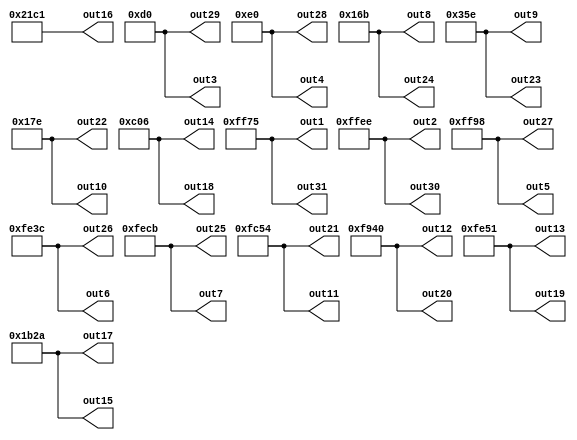
module impulse_response(out1, out2, out3, out4, out5, out6, out7, out8,
  out9, out10, out11, out12, out13, out14, out15, out16, out17, out18,
  out19, out20, out21, out22, out23, out24 ,out25, out26, out27, out28,
  out29, out30, out31);
  output [15:0] out1, out2, out3, out4, out5, out6, out7, out8,
  out9, out10, out11, out12, out13, out14, out15, out16, out17, out18,
  out19, out20, out21, out22, out23, out24 ,out25, out26, out27, out28,
  out29, out30, out31;

  //                                 sign integer decimal
  //fixed point 16-bit represetation 0____00______0000000000000
  assign out1 = 16'b1111111101110101; ////
  assign out2 = 16'b1111111111101110;
  assign out3 = 16'b0000000011010000;
  assign out4 = 16'b0000000011100000; ////
  assign out5 = 16'b1111111110011000;
  assign out6 = 16'b1111111000111100;
  assign out7 = 16'b1111111011001011; ////
  assign out8 = 16'b0000000101101011;
  assign out9 = 16'b0000001101011110;
  assign out10 = 16'b0000000101111110; ////
  assign out11 = 16'b1111110001010100;
  assign out12 = 16'b1111100101000000;
  assign out13 = 16'b1111111001010001; ////
  assign out14 = 16'b0000110000000110;
  assign out15 = 16'b0001101100101010;
  assign out16 = 16'b0010000111000001; ////////
  assign out17 = 16'b0001101100101010;
  assign out18 = 16'b0000110000000110;
  assign out19 = 16'b1111111001010001; ////
  assign out20 = 16'b1111100101000000;
  assign out21 = 16'b1111110001010100;
  assign out22 = 16'b0000000101111110;  ////
  assign out23 = 16'b0000001101011110;
  assign out24 = 16'b0000000101101011;
  assign out25 = 16'b1111111011001011; ////
  assign out26 = 16'b1111111000111100;
  assign out27 = 16'b1111111110011000;
  assign out28 = 16'b0000000011100000; ////
  assign out29 = 16'b0000000011010000;
  assign out30 = 16'b1111111111101110;
  assign out31 = 16'b1111111101110101; ////
  
endmodule